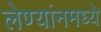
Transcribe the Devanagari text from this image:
लेण्यांनमध्ये